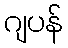
ဂျပန်